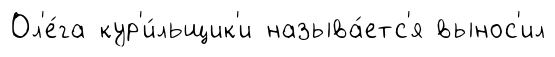
Ол'е́га кур'и́льщик'и называ́етс'я вынос'ил